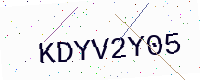
Text: KDYV2Y05